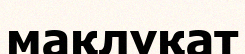
мақлұқат